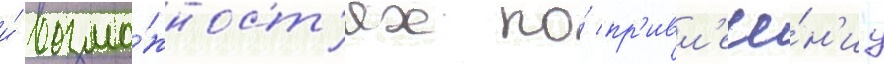
и́ возмо́жност'ях по́ пр'ивл'ече́н'иу